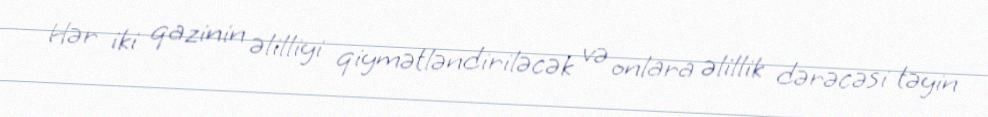
Hər iki qazinin əlilliyi qiymətləndiriləcək və onlara əlillik dərəcəsi təyin